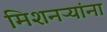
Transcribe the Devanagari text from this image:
मिशनऱ्यांना